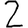
Digit: 2